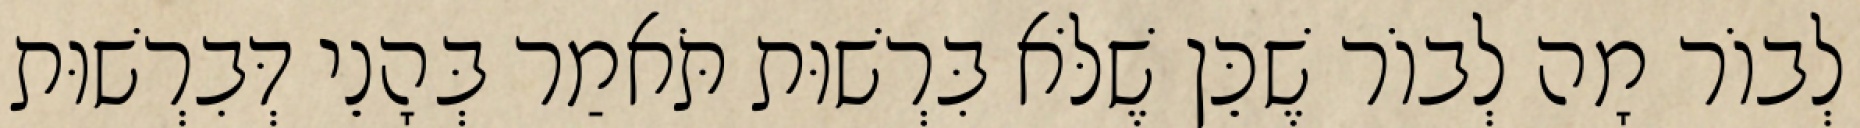
לְבוֹר מָה לְבוֹר שֶׁכֵּן שֶׁלֹּא בִּרְשׁוּת תֹּאמַר בְּהָנֵי דְּבִרְשׁוּת